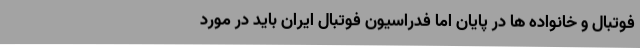
فوتبال و خانواده ها در پایان اما فدراسیون فوتبال ایران باید در مورد